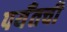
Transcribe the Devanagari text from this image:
पर्यँतची